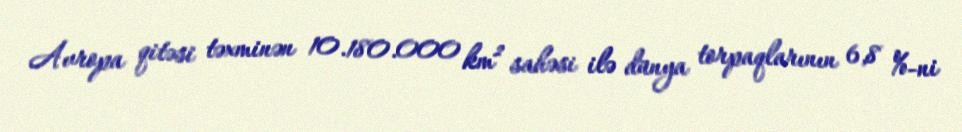
Avropa qitəsi təxminən 10.180.000 km² sahəsi ilə dünya torpaqlarının 6,8 %-ni